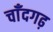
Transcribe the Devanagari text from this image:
चाँदगढ़